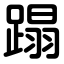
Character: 蹋